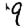
Digit: 9